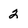
Character: 2